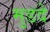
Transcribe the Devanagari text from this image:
मुडदे